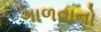
ગાળવાનો